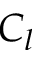
C _ { l }